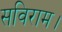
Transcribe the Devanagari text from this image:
सविराम।